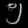
Digit: ၅